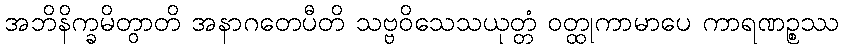
အဘိနိက္ခမိတွာတိ အနာဂတေပီတိ သဗ္ဗဝိသေသယုတ္တံ ဝတ္ထုကာမာပေ ကာရဏဉ္စဿ